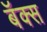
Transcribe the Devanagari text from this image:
बॅक्स